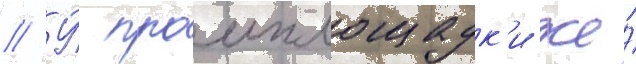
// У́ промплощадк'и же́